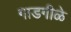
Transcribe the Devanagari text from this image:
गाडगीळे